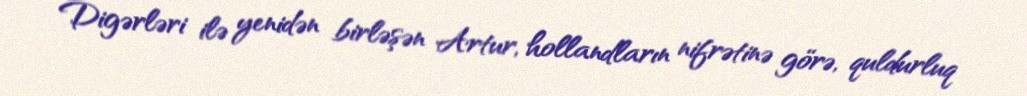
Digərləri ilə yenidən birləşən Artur, hollandların nifrətinə görə, quldurluq